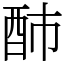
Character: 䣪